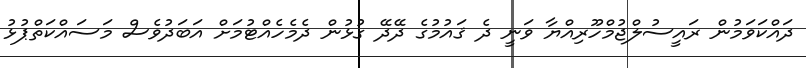
ދައްކަވަމުން ރައީސުލްޖުމްހޫރިއްޔާ ވަނީ ދެ ޤައުމުގެ ދޭދޭ ގުޅުން ދެމެހެއްޓުމަށް އަބަދުވެސް މަސައްކަތްޕުޅު